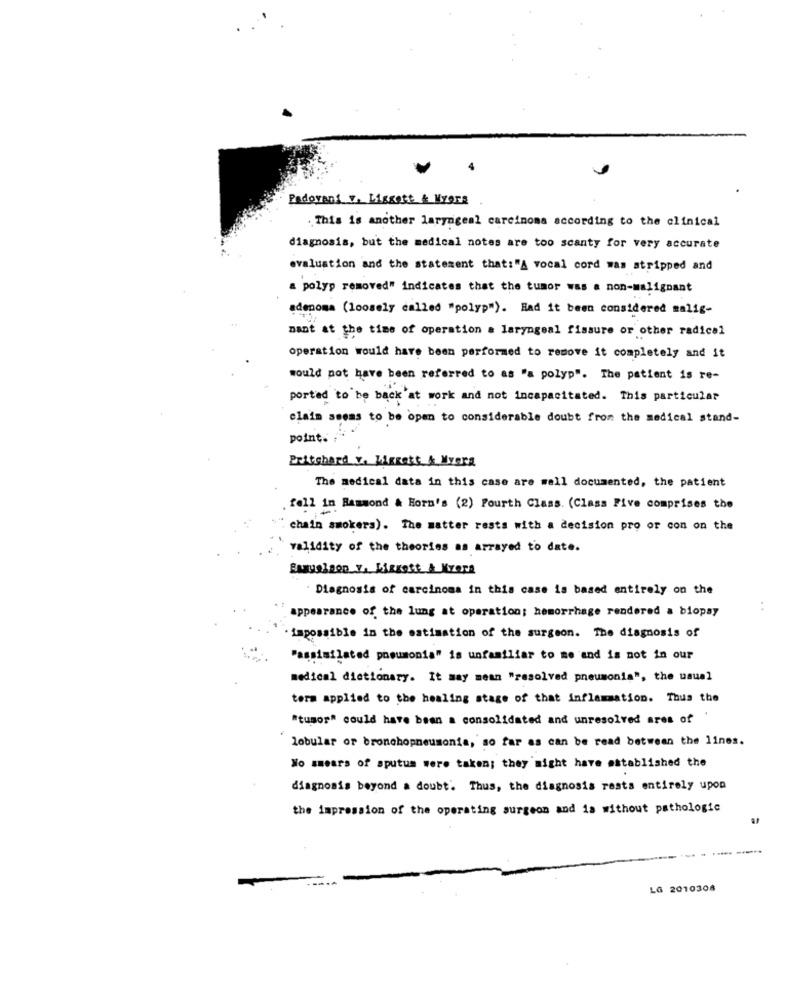
Padovani v. Lissett & Kyara
This is another laryngeal carcinoma according to the clinical
diagnosis, but the medical notes are too scanty for very accurate
evaluation and the statement that:"A vocal cord was atripped and
a polyp removed" indicates that the tumor was a non-malignant
adenoma (loosely called "polyp"). Had it been considered malig-
nant at the time of operation a laryngeal fissure or other radical
operation would have been performed to remove it completely and it
would not have been referred to as "a polyp". The patient is re-
ported to be back'at work and not incapacitated. This particular
claim seems to be open to considerable doubt from the medical stand-
point.
Pritchard Y. LigRest & Mverg
The medical data in this case are well documented, the patient
fell in Hammond & Horn's (2) Fourth Class. (Class Five comprises the
chain smokers). The matter rests with a decision pro or con on the
validity of the theories as arrayed to date.
Diagnosis of carcinoma in this case is based entirely on the
appearance of the lung at operation; hemorrhage rendered a biopsy
..
. impossible in the estimation of the surgeon. The diagnosis of
"assimilated pneumonia" is unfamiliar to me and is not in our
medical dictionary. It may mean "resolved pneumonia", the usual
tera applied to the healing stage of that inflammation. Thus the
"tumor" could have been a consolidated and unresolved ares of
lobular or bronchopneumonia, so far as can be read between the lines.
Wo smears of sputum were taken; they might have established the
diagnosis beyond a doubt. Thus, the diagnosis rests entirely upon
the impression of the operating surgeon and is without pathologic
LG 2010308